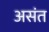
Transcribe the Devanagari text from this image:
असंत